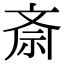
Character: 斎